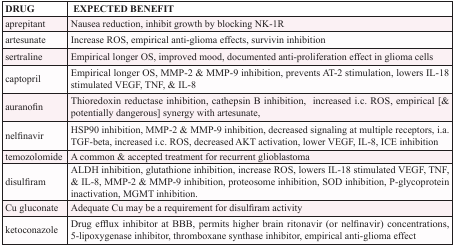
<table><thead><tr><td><b>DRUG</b></td><td><b>EXPECTED BENEFIT</b></td></tr></thead><tbody><tr><td>aprepitant</td><td>Nausea reduction, inhibit growth by blocking NK-1R</td></tr><tr><td>artesunate</td><td>Increase ROS, empirical anti-glioma effects, survivin inhibition</td></tr><tr><td>sertraline</td><td>Empirical longer OS, improved mood, documented anti-proliferation effect in glioma cells</td></tr><tr><td>captopril</td><td>Empirical longer OS, MMP-2 &amp; MMP-9 inhibition, prevents AT-2 stimulation, lowers IL-18 stimulated VEGF, TNF, &amp; IL-8</td></tr><tr><td>auranofin</td><td>Thioredoxin reductase inhibition, cathepsin B inhibition, increased i.c. ROS, empirical [&amp; potentially dangerous] synergy with artesunate,</td></tr><tr><td>nelfinavir</td><td>HSP90 inhibition, MMP-2 &amp; MMP-9 inhibition, decreased signaling at multiple receptors, i.a. TGF-beta, increased i.c. ROS, decreased AKT activation, lower VEGF, IL-8, ICE inhibition</td></tr><tr><td>temozolomide</td><td>A common &amp; accepted treatment for recurrent glioblastoma</td></tr><tr><td>disulfiram</td><td>ALDH inhibition, glutathione inhibition, increase ROS, lowers IL-18 stimulated VEGF, TNF, &amp; IL-8, MMP-2 &amp; MMP-9 inhibition, proteosome inhibition, SOD inhibition, P-glycoprotein inactivation, MGMT inhibition.</td></tr><tr><td>Cu gluconate</td><td>Adequate Cu may be a requirement for disulfiram activity</td></tr><tr><td>ketoconazole</td><td>Drug efflux inhibitor at BBB, permits higher brain ritonavir (or nelfinavir) concentrations, 5-lipoxygenase inhibitor, thromboxane synthase inhibitor, empirical anti-glioma effect</td></tr></tbody></table>